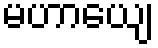
မဟာယျေ